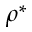
\rho ^ { * }